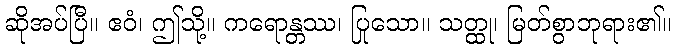
ဆိုအပ်ပြီ။ ဧဝံ၊ ဤသို့။ ကရောန္တဿ၊ ပြုသော။ သတ္ထု၊ မြတ်စွာဘုရား၏။